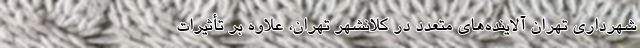
شهرداری تهران آلاینده‌های متعدد در کلانشهر تهران، علاوه بر تأثیرات